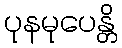
ပုနမုပေန္တိ